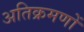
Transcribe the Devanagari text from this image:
अतिक्रमणों